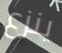
ينزع